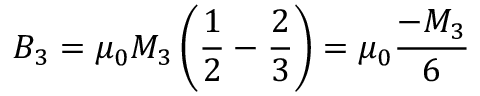
B _ { 3 } = \mu _ { 0 } M _ { 3 } \left( { \frac { 1 } { 2 } } - { \frac { 2 } { 3 } } \right) = \mu _ { 0 } { \frac { - M _ { 3 } } { 6 } }